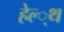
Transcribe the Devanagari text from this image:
हेल्‍्थ